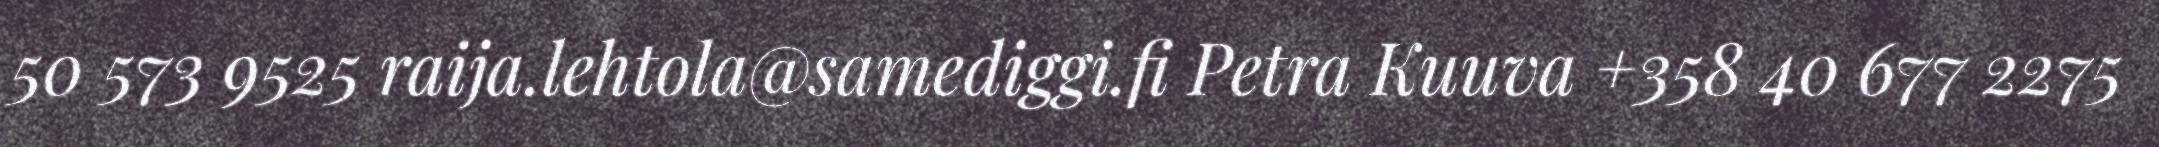
50 573 9525 raija.lehtola@samediggi.fi Petra Kuuva +358 40 677 2275